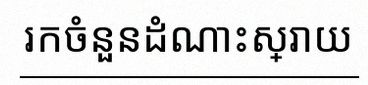
រកចំនួនដំណោះស្រាយ